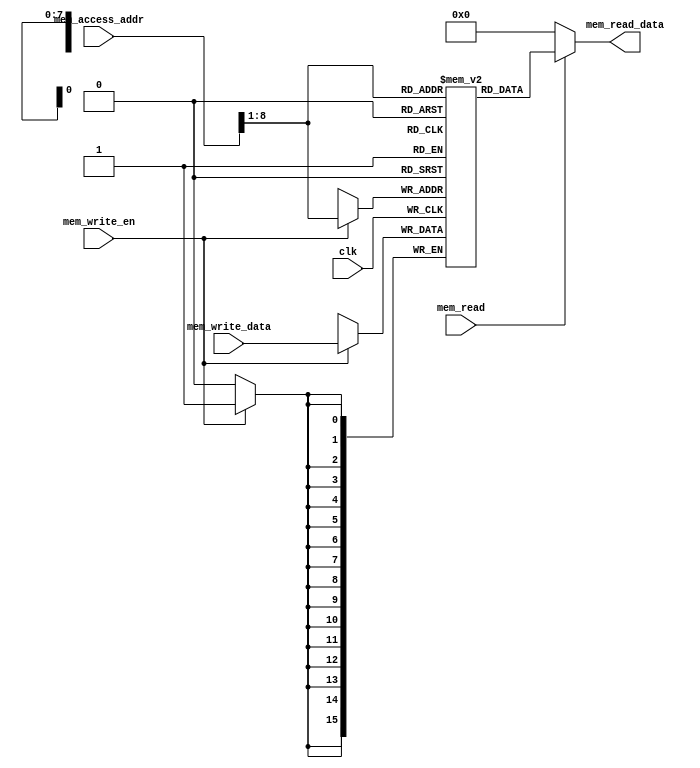
`timescale 1ns / 1ps
//////////////////////////////////////////////////////////////////////////////////
// Company: 
// Engineer: 
// 
// Design Name: 
// Module Name: data_memory
// Project Name: 
// Target Devices: 
// Tool Versions: 
// Description: 
// 
// Dependencies: 
// 
// Revision:
// Revision 0.01 - File Created
// Additional Comments:
// 
//////////////////////////////////////////////////////////////////////////////////


module data_memory(
//  data memory (RAM) has a 256 words of 16 bit so mem_addr is 8 bit only
// with synchronous write and asynchronous read
input clk, input [15:0] mem_access_addr, // address of location to read
input [15:0] mem_write_data, input mem_write_en, // Data for writing and enable signal (SW instruction)
input mem_read, output [15:0] mem_read_data // enable signal and output of read data
    );
    integer i;
    reg [15:0] ram [255:0];
    wire [7:0] ram_addr = mem_access_addr[8:1];
    initial begin 
    for (i=0; i<256; i=i+1) ram[i] <= 16'b0;
    end
    
    always @(posedge clk) begin
    if (mem_write_en) ram[ram_addr] <= mem_write_data;
    end
    
    assign mem_read_data = (mem_read == 1'b1) ? ram[ram_addr] : 16'b0;
    
endmodule